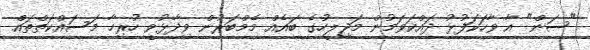
"ސަން" އާ ވާހަކަފުޅު ދައްކަވަމުން މަޖިލީހުގެ ބައެއް މެމްބަރުން ވިދާޅުވީ ހުރިހާ މަސައްކަތްތައް